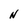
Character: N